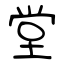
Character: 堂